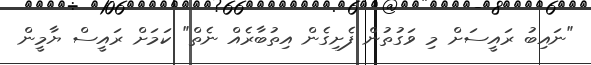
"ނައިބު ރައީސަށް މި ވަގުތުން ފެށިގެން އިތުބާރެއް ނެތް" ކަމަށް ރައީސް ޔާމީން